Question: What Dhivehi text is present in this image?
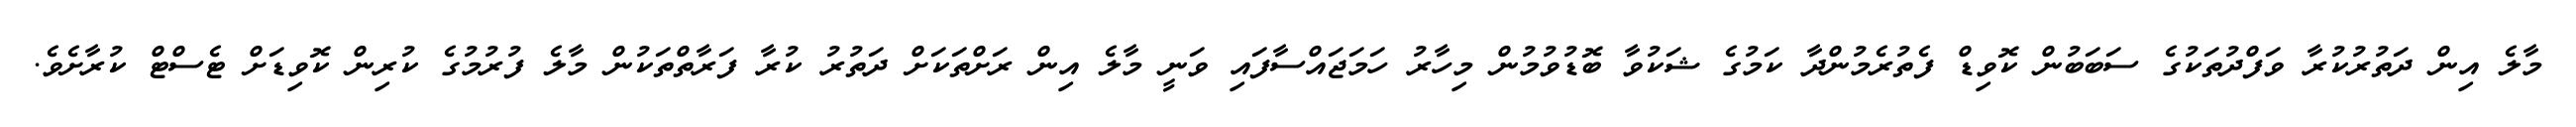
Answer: މާލެ އިން ދަތުރުކުރާ ވަފްދުތަކުގެ ސަބަބުން ކޮވިޑް ފެތުރެމުންދާ ކަމުގެ ޝަކުވާ ބޮޑުވުމުން މިހާރު ހަމަޖައްސާފައި ވަނީ މާލެ އިން ރަށްތަކަށް ދަތުރު ކުރާ ފަރާތްތަކުން މާލެ ފުރުމުގެ ކުރިން ކޮވިޑަށް ޓެސްޓް ކުރާށެވެ.